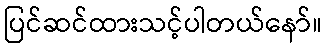
ပြင်ဆင်ထားသင့်ပါတယ်နော်။